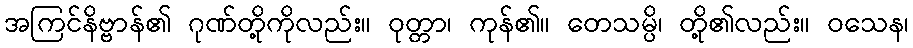
အကြင်နိဗ္ဗာန်၏ ဂုဏ်တို့ကိုလည်း။ ဝုတ္တာ၊ ကုန်၏။ တေသမ္ပိ၊ တို့၏လည်း။ ဝသေန၊